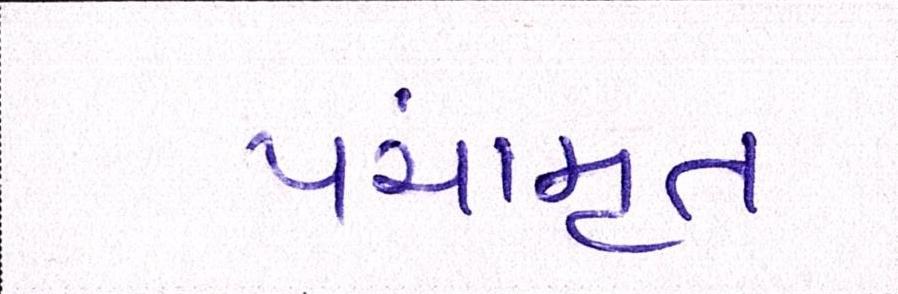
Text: પંચામૃત